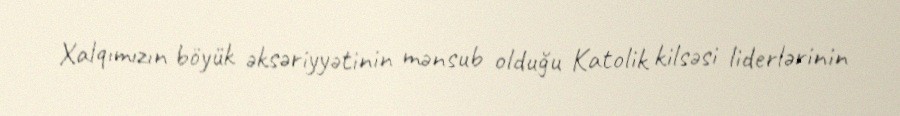
Xalqımızın böyük əksəriyyətinin mənsub olduğu Katolik kilsəsi liderlərinin